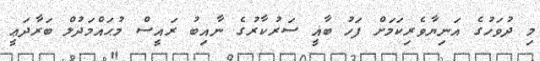
މި ދުވަހުގެ އަނިޔާވެރިކަމަށް ފަހު ބާޣީ ސަރުކާރުގެ ނާއިބު ރައީސް މުޙައްމަދުލް ބަރާދަޢީ